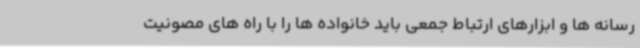
رسانه ها و ابزارهای ارتباط جمعی باید خانواده ها را با راه های مصونیت